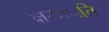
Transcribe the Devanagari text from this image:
क्षमापति